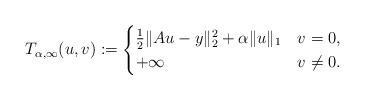
LaTeX: \begin{align*}T_{\alpha,\infty}(u,v) := \begin{cases} \frac{1}{2}\|Au-y\|_2^2 + \alpha\|u\|_1 & v = 0,\\ +\infty & v\neq 0.\end{cases}\end{align*}